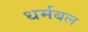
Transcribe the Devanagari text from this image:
धर्मबल